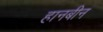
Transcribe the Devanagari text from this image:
हानबीन